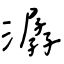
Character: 潺